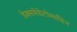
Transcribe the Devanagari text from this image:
डेक्समेडेटोमाडिन